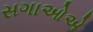
સગાઓએ